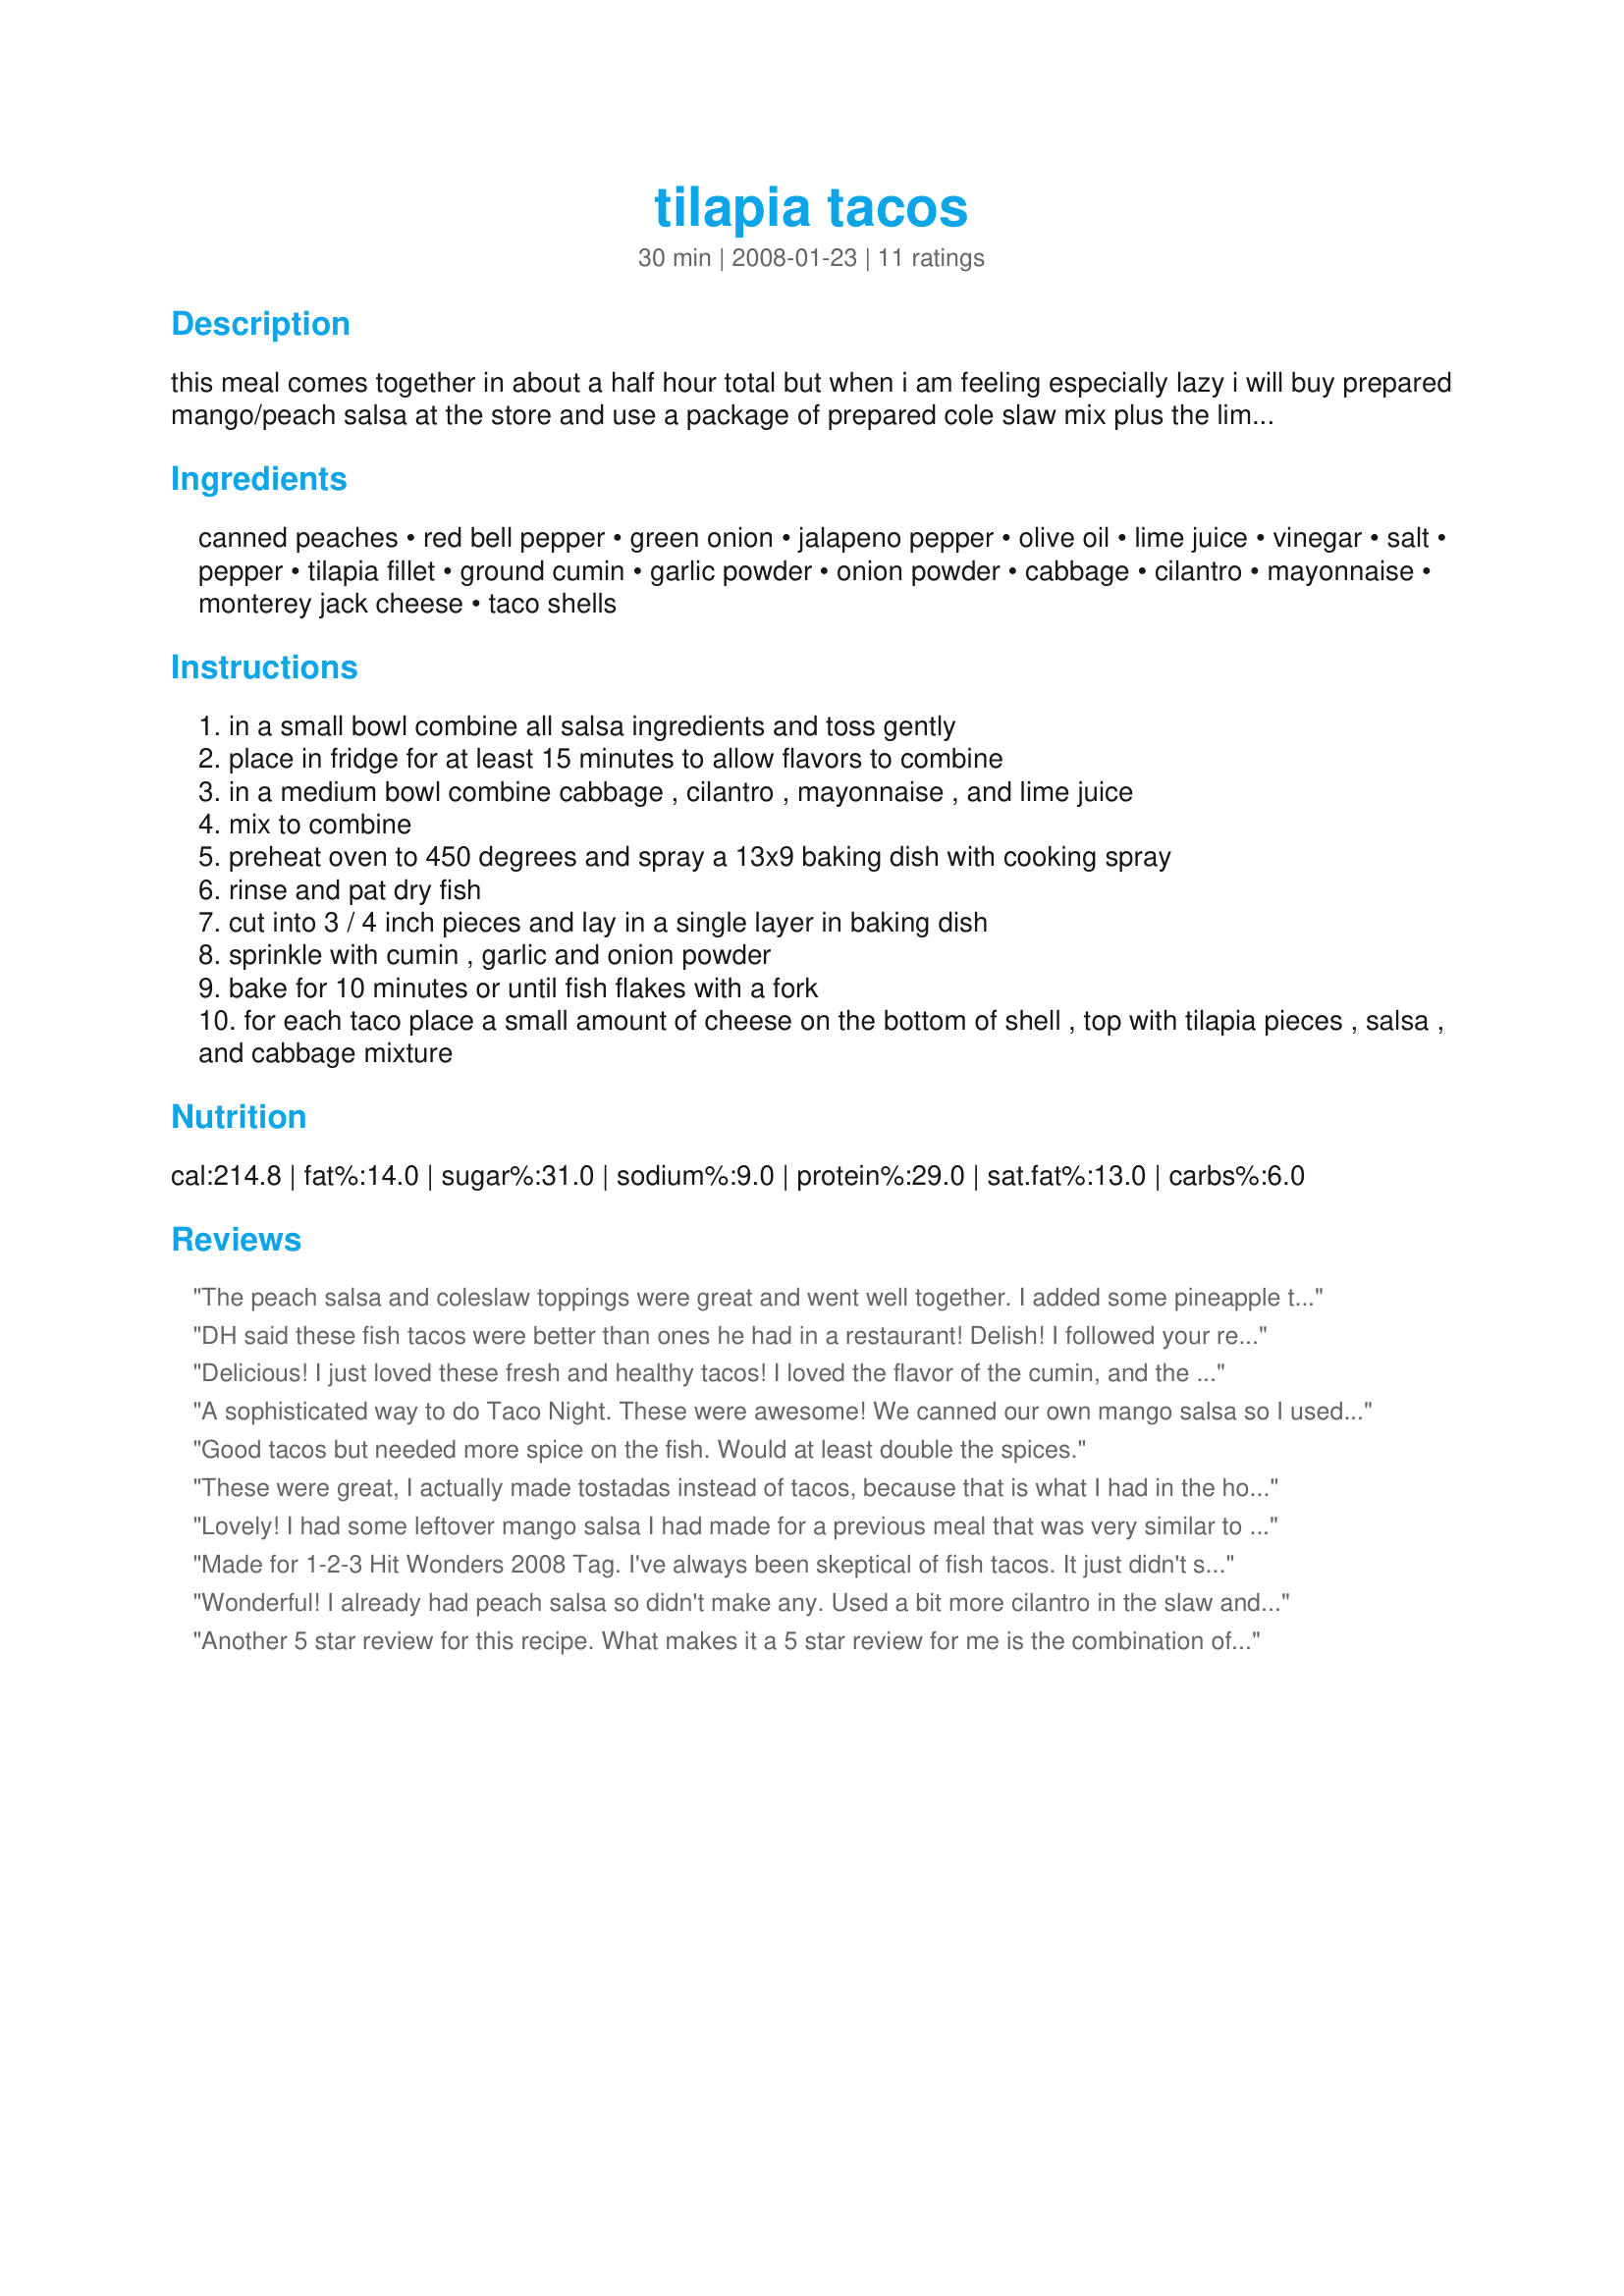
tilapia tacos
Preparation time: 30 minutes

this meal comes together in about a half hour total but when i am feeling especially lazy i will buy prepared mango/peach salsa at the store and use a package of prepared cole slaw mix plus the lime juice. enjoy!

Ingredients:
canned peaches, red bell pepper, green onion, jalapeno pepper, olive oil, lime juice, vinegar, salt, pepper, tilapia fillet, ground cumin, garlic powder, onion powder, cabbage, cilantro, mayonnaise, monterey jack cheese, taco shells

Steps:
in a small bowl combine all salsa ingredients and toss gently
place in fridge for at least 15 minutes to allow flavors to combine
in a medium bowl combine cabbage , cilantro , mayonnaise , and lime juice
mix to combine
preheat oven to 450 degrees and spray a 13x9 baking dish with cooking spray
rinse and pat dry fish
cut into 3 / 4 inch pieces and lay in a single layer in baking dish
sprinkle with cumin , garlic and onion powder
bake for 10 minutes or until fish flakes with a fork
for each taco place a small amount of cheese on the bottom of shell , top with tilapia pieces , salsa , and cabbage mixture

Reviews:
The peach salsa and coleslaw toppings were great and went well together. I added some pineapple to the salsa and on the advice of a previous reviewer doubled the coleslaw recipe. The problem was that the fish was kind of mushy and bland-tasting. Any tips?
DH said these fish tacos were better than ones he had in a restaurant! Delish! I followed your recipe exactly without any problems only skipping the garlic powder (out of). These tacos will be a regular on our table! Thanks for sharing!
Delicious! I just loved these fresh and healthy tacos! I loved the flavor of the cumin, and the fruity/spicy salsa and the lime cabbage were a perfect touch. These were quick and easy to make and we all really enjoyed these tasty tacos!
A sophisticated way to do Taco Night. These were awesome! We canned our own mango salsa so I used that and added the jalapeno. I was apprehensive about the slaw but it is a perfect complement to the bit of heat from the pepper. The cooking times were spot on; the fish was done perfect. Thanks for sharing Heidi! Made for ZWT 2009.
Good tacos but needed more spice on the fish. Would at least double the spices.
These were great, I actually made tostadas instead of tacos, because that is what I had in the house. Don't think it makes a lof of difference. We really liked the peach salsa, it was a nice combo with the fish. Made for everyday is a holiday.
Lovely! I had some leftover mango salsa I had made for a previous meal that was very similar to this salsa recipe, so I used that. It was a great blend of flavors, and very filling. Thanks for sharing!
Made for 1-2-3 Hit Wonders 2008 Tag. I've always been skeptical of fish tacos. It just didn't seem right, but I decided to take the plunge and try them. Am I ever glad that I did. These are awesome and there wasn't a drop left over. The only thing I would do different next time was to make a double batch of the slaw. Thanks for posting this Heidi!
Wonderful! I already had peach salsa so didn't make any. Used a bit more cilantro in the slaw and abt. 1 T chopped red onion, too. All the flavors blended together so well. DH and I loved this. Thank you!
Another 5 star review for this recipe. What makes it a 5 star review for me is the combination of the fish, fruit salsa and coleslaw. Together, the flavor is absolutely delicious. I used a whole jalapeno in the salsa and it seemed perfect..just a hint of spicy. Next time, I'd like to make the salsa with fresh peaches. I added more cilantro in the slaw, since I love that ingredient. I offered taco shells and whole grain soft tortilla wraps. This recipe was easy and yummy. Thanks!
This is excellent. We dredged the tilapia in cornmeal and fried it, and bought the peach salsa. The slaw is fabulous with this.
